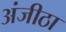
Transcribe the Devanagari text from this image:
अंजीठा